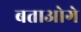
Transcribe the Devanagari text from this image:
बताओगे